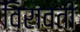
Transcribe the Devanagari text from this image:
विरावती